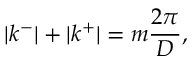
| k ^ { - } | + | k ^ { + } | = m \frac { 2 \pi } { D } ,